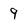
Character: 9